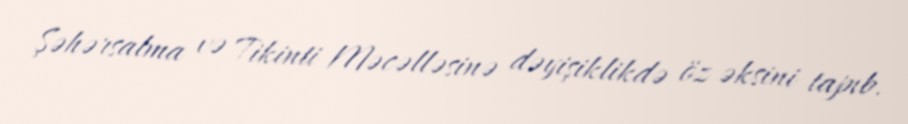
Şəhərsalma və Tikinti Məcəlləsinə dəyişiklikdə öz əksini tapıb.